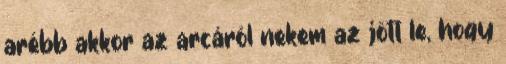
arébb akkor az arcáról nekem az jött le, hogy